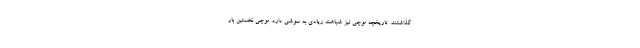
گذاشتند. تاریخچه موچی نیز شباهت زیادی به سوشی دارد. موچی نخستین بار